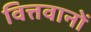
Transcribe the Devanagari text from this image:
वित्तवानों